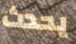
يحدث